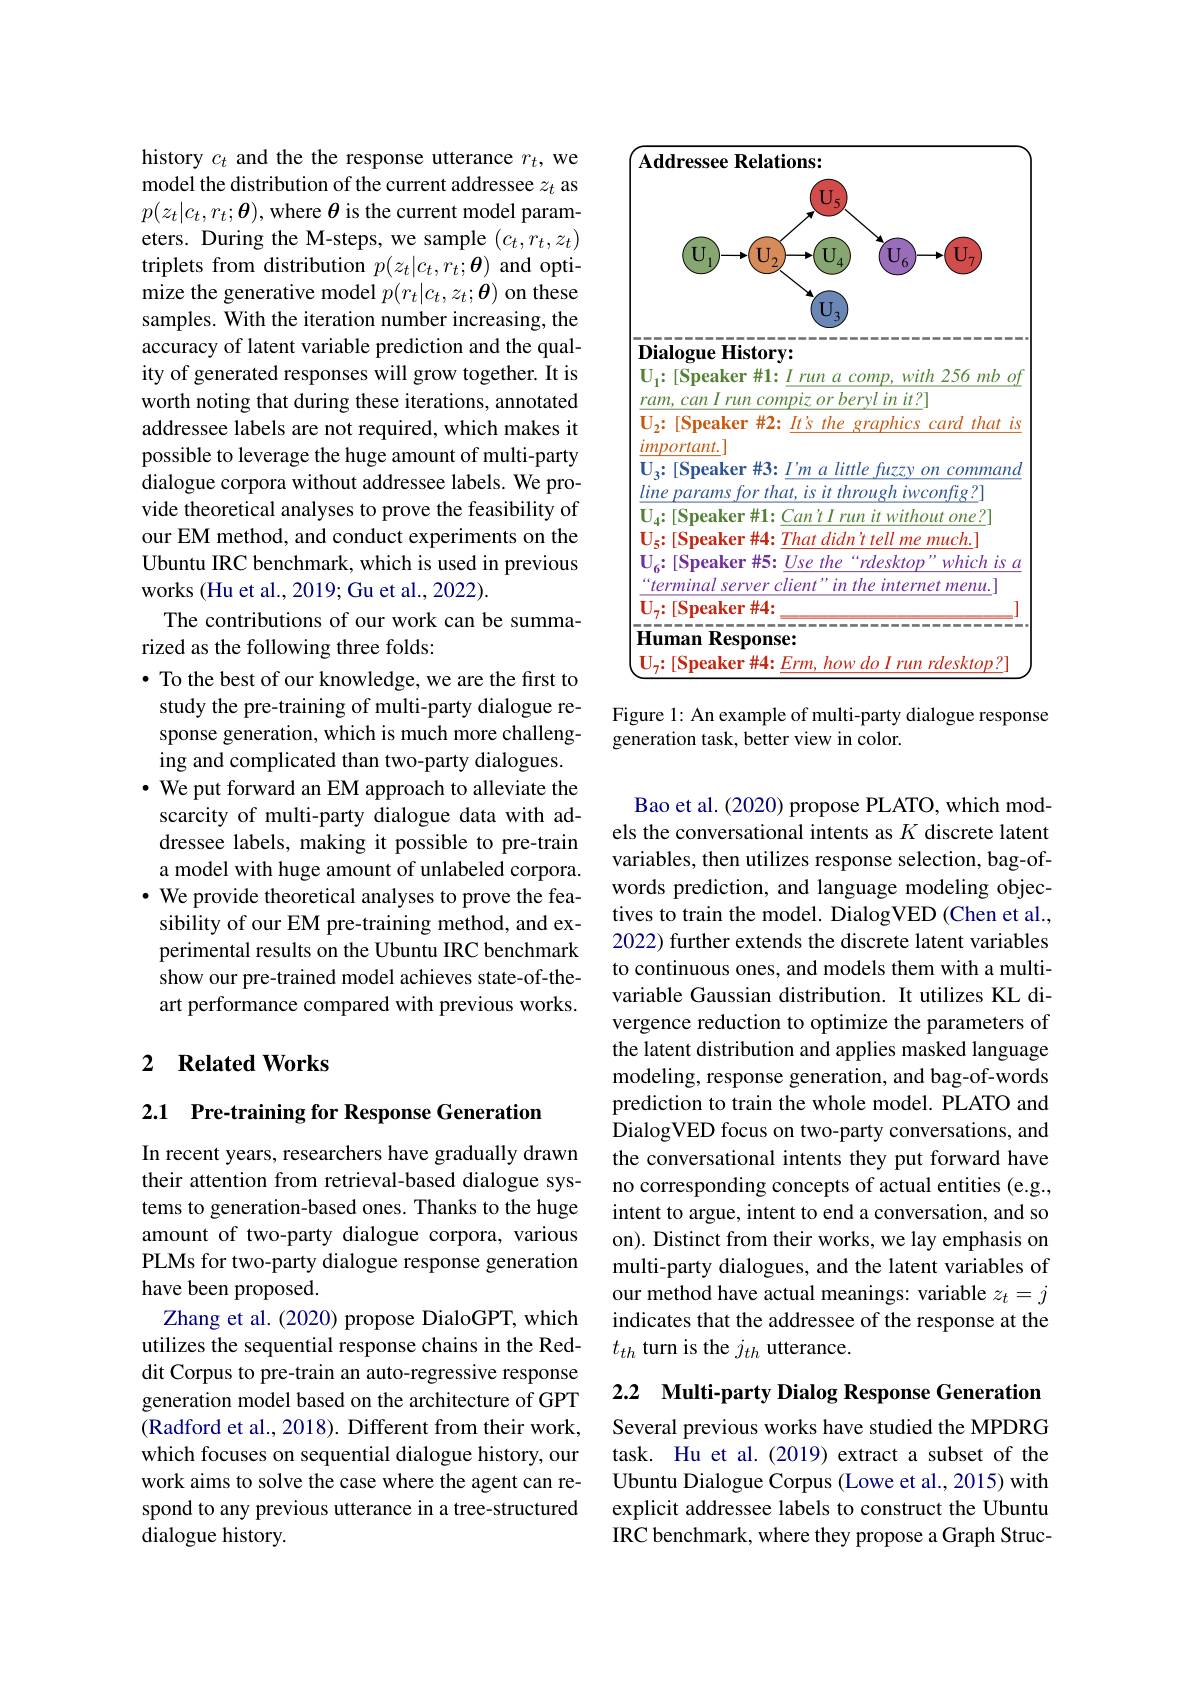
history $c_t$ and the the response utterance $r_t$, we model the distribution of the current addressee $z_t$ as $p(z_{t}|c_{t},r_{t};\boldsymbol{\theta})$, where $\boldsymbol\theta$ is the current model parameters. During the M-steps, we sample $(c_t,r_t,z_t)$ triplets from distribution $p(z_t|c_t,r_t;\boldsymbol{\theta})$ and optimize the generative model $p(r_t|c_t,z_t;\boldsymbol{\theta})$ on these samples. With the iteration number increasing, the accuracy of latent variable prediction and the quality of generated responses will grow together. It is worth noting that during these iterations, annotated addressee labels are not required, which makes it possible to leverage the huge amount of multi-party dialogue corpora without addressee labels. We provide theoretical analyses to prove the feasibility of our EM method, and conduct experiments on the Ubuntu IRC benchmark, which is used in previous works (Hu et al., 2019; Gu et al., 2022).
The contributions of our work can be summa-
rized as the following three folds:
· To the best of our knowledge, we are the first to study the pre-training of multi-party dialogue response generation, which is much more challenging and complicated than two-party dialogues. · We put forward an EM approach to alleviate the scarcity of multi-party dialogue data with addressee labels, making it possible to pre-train a model with huge amount of unlabeled corpora. $\cdot$ We provide theoretical analyses to prove the feasibility of our EM pre-training method, and experimental results on the Ubuntu IRC benchmark show our pre-trained model achieves state-of-theart performance compared with previous works.

### 2 $\textbf{Related Works}$

2.1 Pre-training for Response Generation

In recent years, researchers have gradually drawn their attention from retrieval-based dialogue systems to generation-based ones. Thanks to the huge amount of two-party dialogue corpora, various PLMs for two-party dialogue response generation have been proposed.
Zhang et al. (2020) propose DialoGPT, which utilizes the sequential response chains in the Reddit Corpus to pre-train an auto-regressive response generation model based on the architecture of GPT (Radford et al., 2018). Different from their work, which focuses on sequential dialogue history, our work aims to solve the case where the agent can respond to any previous utterance in a tree-structured $\hat{\text{dialogue history}}.$

<FigureHere>

Figure 1: An example of multi-party dialogue response
generation task, better view in color.

Bao et al. (2020) propose PLATO, which models the conversational intents as $K$ discrete latent variables, then utilizes response selection, bag-ofwords prediction, and language modeling objectives to train the model. DialogVED (Chen et al., 2022) further extends the discrete latent variables to continuous ones, and models them with a multivariable Gaussian distribution. It utilizes KL divergence reduction to optimize the parameters of the latent distribution and applies masked language modeling, response generation, and bag-of-words prediction to train the whole model. PLATO and DialogVED focus on two-party conversations, and the conversational intents they put forward have no corresponding concepts of actual entities (e.g., intent to argue, intent to end a conversation, and so on). Distinct from their works, we lay emphasis on multi-party dialogues, and the latent variables of our method have actual meanings: variable $z_t=j$ indicates that the addressee of the response at the $t_{th}$ turn is the $j_th$ utterance.

2.2 Multi-party Dialog Response Generation

Several previous works have studied the MPDRG task. Hu et al.(2019) extract a subset of the Ubuntu Dialogue Corpus (Lowe et al., 2015) with explicit addressee labels to construct the Ubuntu IRC benchmark, where they propose a Graph Struc-